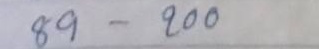
89 - 200